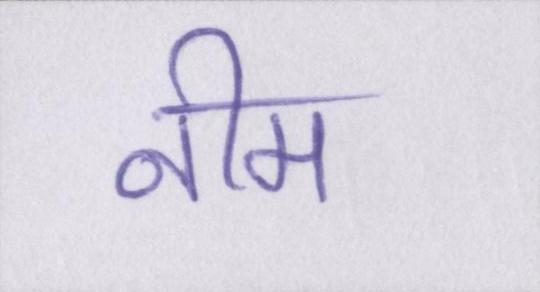
नीम